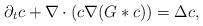
LaTeX: \begin{align*}\partial_t c +\nabla\cdot (c\nabla (G*c))=\Delta c,\end{align*}